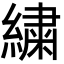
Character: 繍